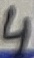
Text: 4